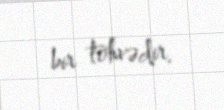
bir töhvədir.